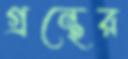
গ্রন্থের